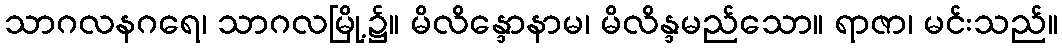
သာဂလနဂရေ၊ သာဂလမြို့၌။ မိလိန္ဒောနာမ၊ မိလိန္ဒမည်သော။ ရာဇာ၊ မင်းသည်။